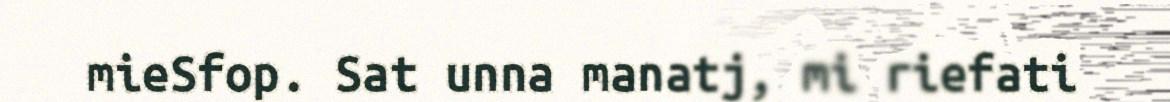
mieSfop. Sat unna manatj, mi riefati